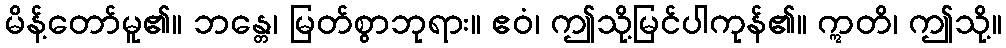
မိန့်တော်မူ၏။ ဘန္တေ၊ မြတ်စွာဘုရား။ ဧဝံ၊ ဤသို့မြင်ပါကုန်၏။ ဣတိ၊ ဤသို့။